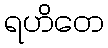
ရဟိတေ